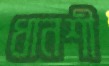
ধানশী